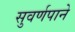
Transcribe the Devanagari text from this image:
सुवर्णपाने